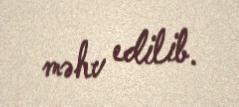
məhv edilib.